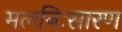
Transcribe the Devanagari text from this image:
मलनिःसारण